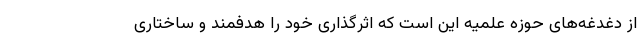
از دغدغه‌های حوزه علمیه این است که اثرگذاری خود را هدفمند و ساختاری